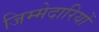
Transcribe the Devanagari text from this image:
जिम्‍मेदारियों